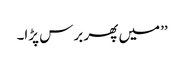
’’میں پھر برس پڑا۔